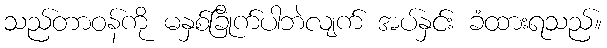
သည်တာဝန်ကို မနှစ်ခြိုက်ပါဘဲလျက် အပ်နှင်း ခံထားရသည်။